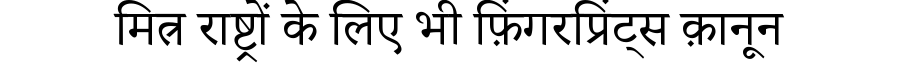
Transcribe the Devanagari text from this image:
मित्र राष्ट्रों के लिए भी फ़िंगरप्रिंट्स क़ानून